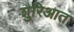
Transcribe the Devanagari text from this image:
शुरिआत